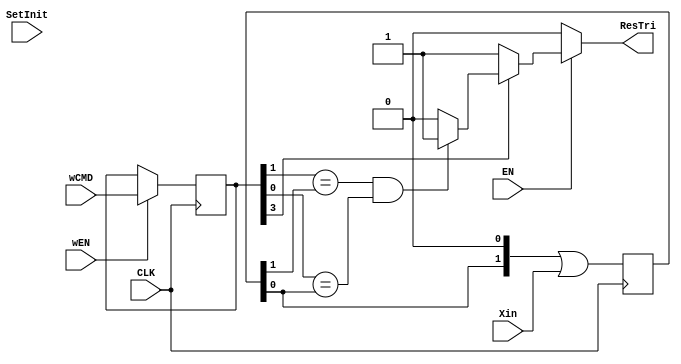
module trig(Xin,CLK,EN,wCMD,wEN,SetInit,ResTri);


//EN means if enable the hole Tri.

//CMD[3:0]
//CMD[3] En / DisN
//1 Enable this Trig
//0 Disable this Trig

//CMD[2:0]
//1XX means XinReg==XX
// 00 Low 11 High
// 01 Pos 10 Nege

input Xin;
input CLK;
input EN;
input [3:0] wCMD;
input wEN;
input SetInit;

reg [3:0] CMD;
reg [1:0] XinReg;
output reg ResTri;

always @(posedge CLK)begin
	if(wEN)begin
		CMD=wCMD;
	end/*
	else if(SetInit) begin
		//CMD=4'h0;
		;
	end*/
end

always @(posedge CLK)begin
	XinReg=(XinReg<<1)|Xin;
end

always begin
	if(EN==0)begin
		ResTri=0;
		//WARNING
		//How the EN works
	end else if((CMD[3]==1))begin
		if((CMD[1]==XinReg[1])&&(CMD[0]==XinReg[0]))begin
			ResTri=1;
		end else begin
			ResTri=0;
		end
	end
	else begin //EN==1 but CMD[3]==0
		ResTri=1;
	end
end

endmodule